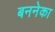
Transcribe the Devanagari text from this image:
बननेका